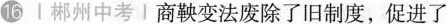
16 | 郴州中考 | 商鞅变法废除了旧制度，促进了